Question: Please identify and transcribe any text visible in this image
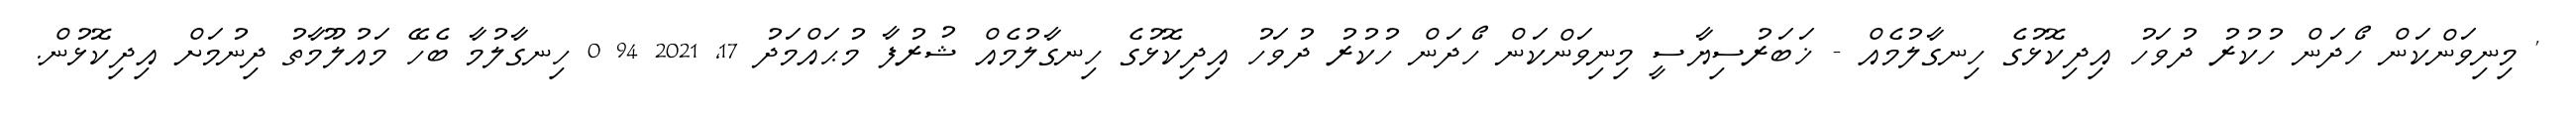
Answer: ' މިނިވަންކަން ހޯދަން ހުކުރު ދުވަހު އިދިކޮޅުގެ ހިނގާލުމެއް - ޚަބަރުސިޔާސީ މިނިވަންކަން ހޯދަން ހުކުރު ދުވަހު އިދިކޮޅުގެ ހިނގާލުމެއް ޝުރުފާ މުޙައްމަދު 17, 2021 94 0 ހިނގާލުމާ ބެހޭ މައުލޫމާތު ދިނުމަށް އިދިކޮޅުން.